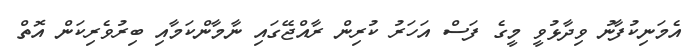
އެމަނިކުފާނު ވިދާޅުވީ މީގެ ފަސް އަހަރު ކުރިން ރާއްޖޭގައި ނާމާންކަމާއި ބިރުވެރިކަން އޮތް